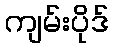
ကျမ်းပိုဒ်